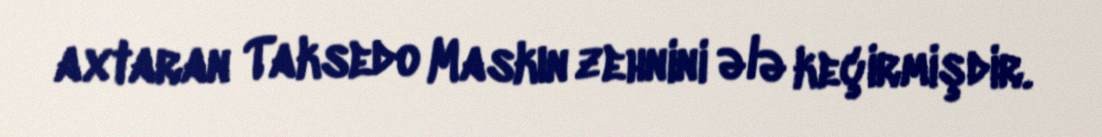
axtaran Taksedo Maskın zehnini ələ keçirmişdir.